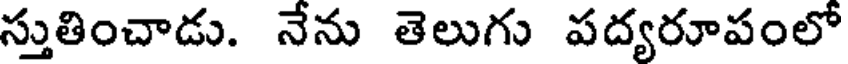
స్తుతించాడు. నేను తెలుగు పద్యరూపంలో